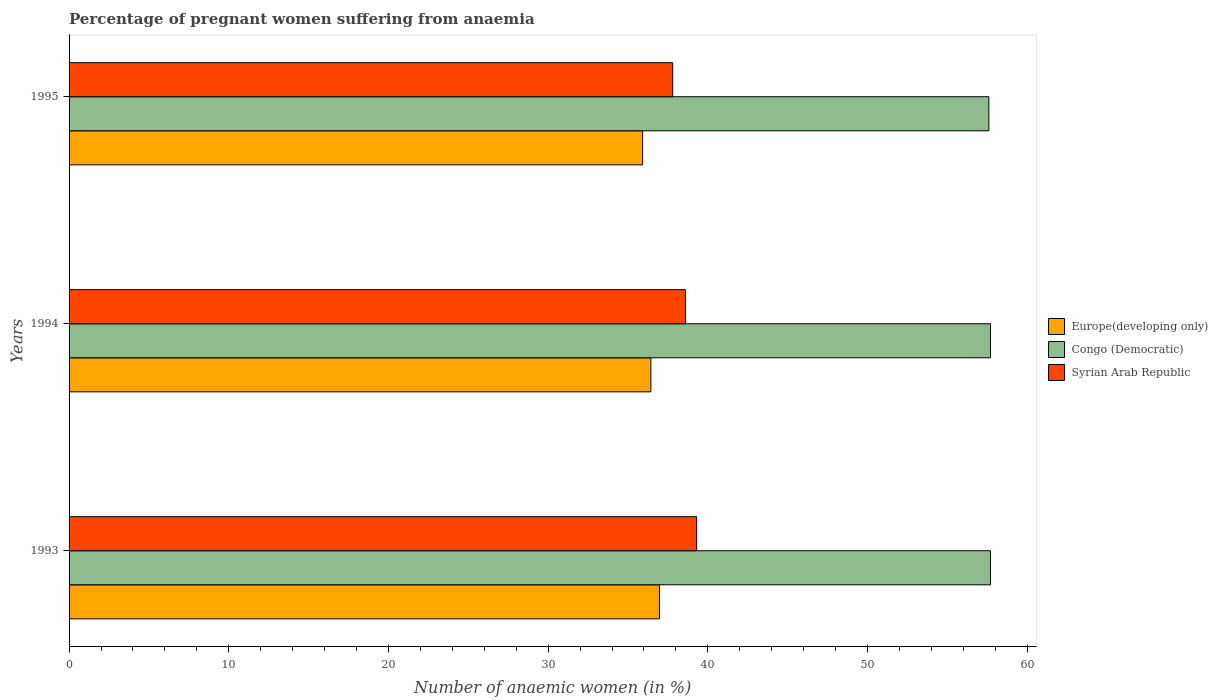
| Years | Europe(developing only) | Congo (Democratic) | Syrian Arab Republic |
 | --- | --- | --- | --- |
 | 1993 | 37 | 57.7 | 39.3 |
 | 1994 | 36.4 | 57.7 | 38.6 |
 | 1995 | 35.9 | 57.6 | 37.8 |